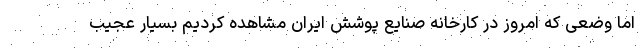
اما وضعی که امروز در کارخانه صنایع پوشش ایران مشاهده کردیم بسیار عجیب